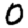
Digit: 0